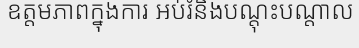
ឧត្តមភាពក្នុងការ អប់រំនិងបណ្តុះបណ្តាល